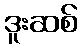
ဒူးဆစ်